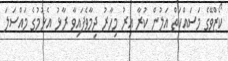
ކޯޒްވޭގެ މަސައްކަތް އަލުން ކުރާ އިރު މިހާރު ދިމާވެފައިވާ ރާޅު އެޅުމުގެ މައްސަލަ